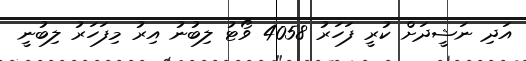
އަދި ނަޝީދަށް ކުރީ ފަހަރު 4058 ވޯޓު ލިބުނު އިރު މިފަހަރު ލިބުނީ